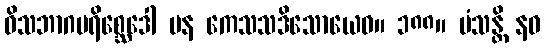
ဝိသဘာဂပရိစ္ဆေဒေါ ပန ကေသသဒိသောယေဝ။ ၁၈၈။ မံသန္တိ နဝ